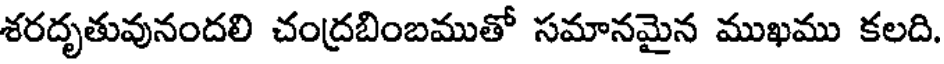
శరదృతువునందలి చంద్రబింబముతో సమానమైన ముఖము కలది.